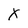
Character: X